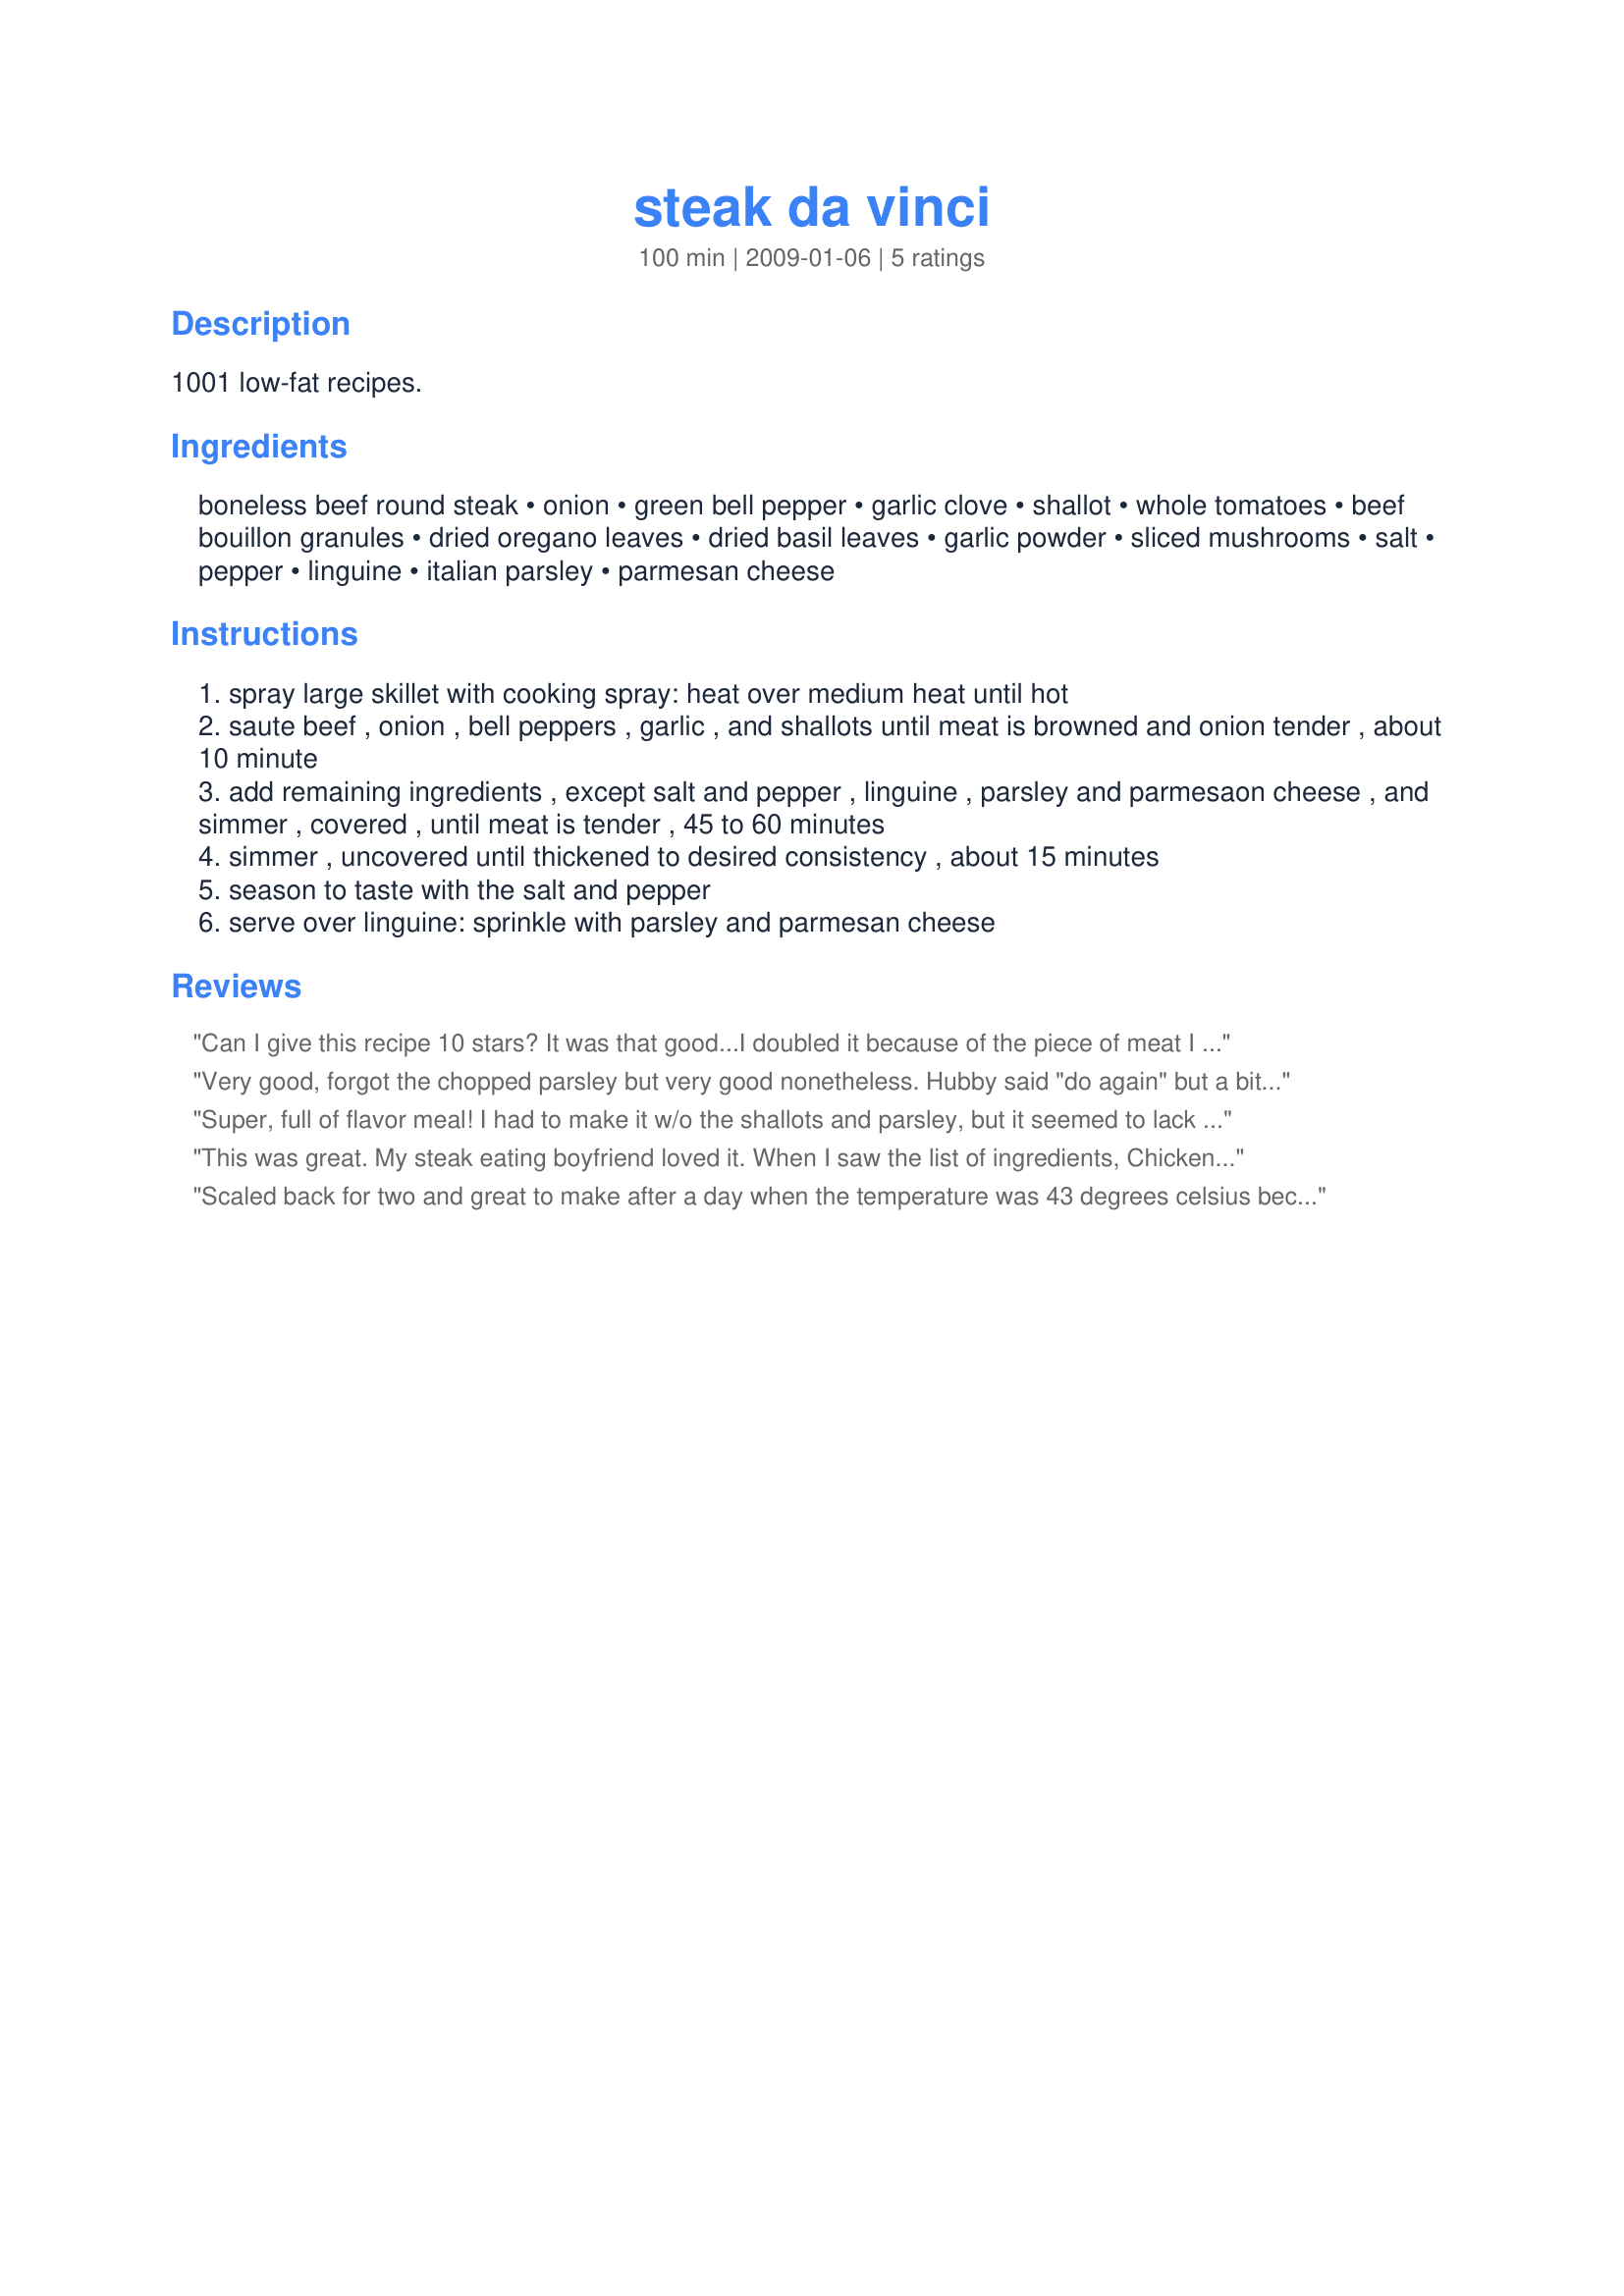
steak da vinci
Preparation time: 100 minutes

1001 low-fat recipes.

Ingredients:
boneless beef round steak, onion, green bell pepper, garlic clove, shallot, whole tomatoes, beef bouillon granules, dried oregano leaves, dried basil leaves, garlic powder, sliced mushrooms, salt, pepper, linguine, italian parsley, parmesan cheese

Steps:
spray large skillet with cooking spray: heat over medium heat until hot
saute beef , onion , bell peppers , garlic , and shallots until meat is browned and onion tender , about 10 minute
add remaining ingredients , except salt and pepper , linguine , parsley and parmesaon cheese , and simmer , covered , until meat is tender , 45 to 60 minutes
simmer , uncovered until thickened to desired consistency , about 15 minutes
season to taste with the salt and pepper
serve over linguine: sprinkle with parsley and parmesan cheese

Reviews:
Can I give this recipe 10 stars? It was that good...I doubled it because of the piece of meat I had. I am very glad I did..the only thing I changed was I added a little red wine to it and a little more tomotes...and cooked it quite long...but boy was it tasty...
Very good, forgot the chopped parsley but very good nonetheless. Hubby said "do again" but a bit more noodles next time. A nice change from what I might do with this steak. Made for New Kids on the Block, a tag game.
Super, full of flavor meal! I had to make it w/o the shallots and parsley, but it seemed to lack nothing. I also used whole wheat spaghetti rather than linguine. I loved being able to pull it all together and allow it to simmer while I got other things done. Thanks for sharing, GrumpyChef!
This was great. My steak eating boyfriend loved it. When I saw the list of ingredients, Chicken Cacciatore came to mind. I cut the pepper and onion the same size as the beef cubes. With a long simmer time, it worked well and they didn't turn to mush. I wondered about simmering it that long with such a small amount of liquid. It turned out great, and thickened up nicely in the end.
Scaled back for two and great to make after a day when the temperature was 43 degrees celsius because it was quick and didn't involve the oven. Also deliciously flavoursome. Except for using two cloves of garlic, proportionally doubling the mushrooms (we love both!) and using fresh basil, I made this exactly to the recipe. The name is intriguing: and the dish lived up to the promise of its name. We enjoyed this immensely. Thanks for sharing. Made for PRMR.
